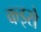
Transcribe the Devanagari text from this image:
कइसे